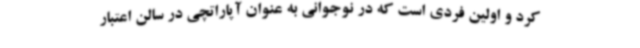
کرد و اولین فردی است که در نوجوانی به عنوان آپاراتچی در سالن اعتبار